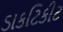
ડાકટિકીટ